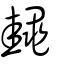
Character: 䵷